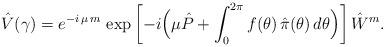
LaTeX: \begin{align*}\hat{V} ( \gamma )=e^{ - i \, \mu \, m }\,\exp\left[- i\Bigl(\mu \hat{P}+\int_0^{2 \pi} f( \theta ) \, \hat{\pi}(\theta )\, d \theta\Bigr)\right]\hat{W}^m .\end{align*}